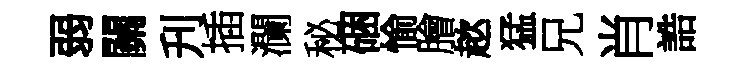
弱關刋插瀾秘硱愉膾趑猛兄肖誥